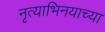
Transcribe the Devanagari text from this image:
नृत्याभिनयाच्या